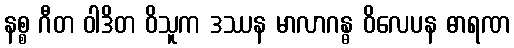
နစ္စ ဂီတ ဝါဒိတ ဝိသူက ဒဿန မာလာဂန္ဓ ဝိလေပန ဓာရဏ